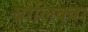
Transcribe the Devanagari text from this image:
ब्रोलिक्वा